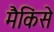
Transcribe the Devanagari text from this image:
मैकिंसे